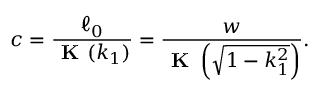
c = \frac { \ell _ { 0 } } { \textbf { K } ( k _ { 1 } ) } = \frac { w } { \textbf { K } \left( \sqrt { 1 - k _ { 1 } ^ { 2 } } \right) } .